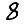
Digit: 8